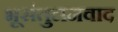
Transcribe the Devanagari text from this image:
भूसंतुलनवाद